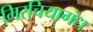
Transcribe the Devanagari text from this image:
मिरचियागंध